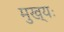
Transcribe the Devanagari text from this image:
मुख्यः